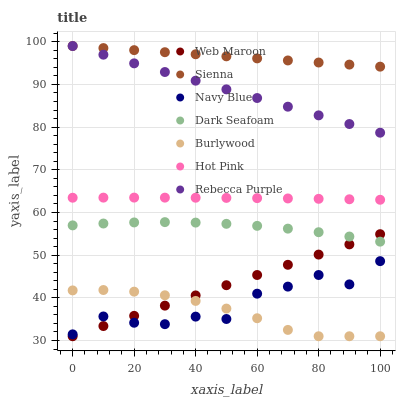
| xaxis_label | Web Maroon | Sienna | Navy Blue | Dark Seafoam | Burlywood | Hot Pink | Rebecca Purple |
 | --- | --- | --- | --- | --- | --- | --- | --- |
 | 0 | 31 | 99 | 31.4 | 57 | 41.7 | 63.5 | 99 |
 | 10 | 33.4 | 98.5 | 35.6 | 57.4 | 41.8 | 63.5 | 97 |
 | 20 | 35.8 | 98 | 34.2 | 57.7 | 41.5 | 63.5 | 94.9 |
 | 30 | 38.2 | 97.5 | 33.8 | 57.7 | 40.6 | 63.5 | 92.9 |
 | 40 | 40.6 | 97.1 | 35.6 | 57.6 | 39.3 | 63.5 | 90.9 |
 | 50 | 43 | 96.6 | 35 | 57.3 | 37.5 | 63.4 | 88.8 |
 | 60 | 45.4 | 96.1 | 41 | 56.9 | 35.2 | 63.4 | 86.8 |
 | 70 | 47.7 | 95.6 | 42.6 | 56.2 | 32.5 | 63.3 | 84.8 |
 | 80 | 50.1 | 95.1 | 45.4 | 55.4 | 31 | 63.2 | 82.8 |
 | 90 | 52.5 | 94.6 | 43.2 | 54.4 | 31 | 63.1 | 80.7 |
 | 100 | 54.9 | 94.2 | 48.6 | 53.2 | 31 | 63 | 78.7 |